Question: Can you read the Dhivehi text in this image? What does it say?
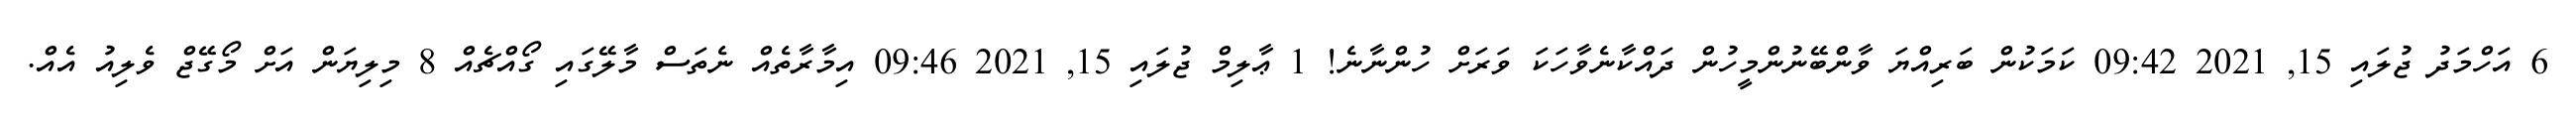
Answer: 6 އަހްމަދު ޖުލައި 15, 2021 09:42 ކަމަކުން ބަރިއްޔަ ވާންބޭނުންމީހުން ދައްކާނެވާހަކަ ވަރަށް ހުންނާނެ! 1 ޢާލިމް ޖުލައި 15, 2021 09:46 އިމާރާތެއް ނެތަސް މާލޭގައި ގޯއްޗެއް 8 މިލިޔަން އަށް މޯގޭޖް ވެލިއު އެއް.